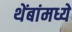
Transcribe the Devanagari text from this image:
थेंबांमध्ये